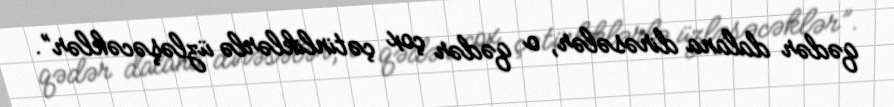
qədər dalana dirəsələr, o qədər çox çətinliklərlə üzləşəcəklər”.